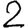
Digit: 2